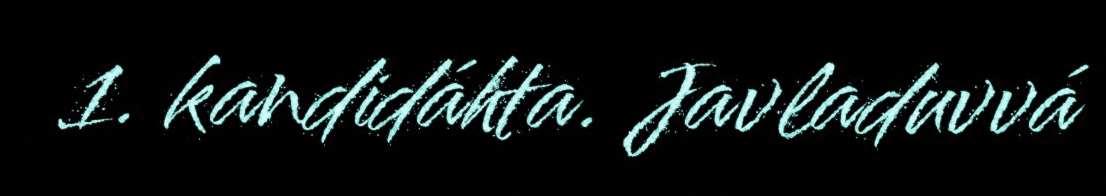
1. kandidáhta. Javladuvvá